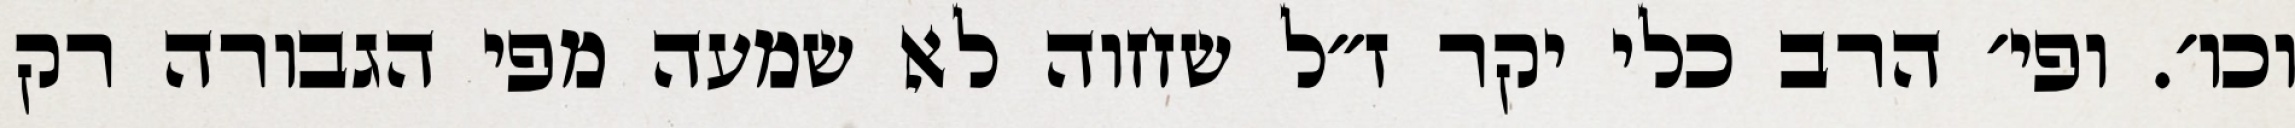
וכו׳. ופי׳ הרב כלי יקר ז״ל שחוה לא שמעה מפי הגבורה רק